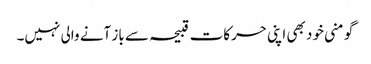
گو منی خود بھی اپنی حرکات قبیحہ سے باز آنے والی نہیں۔